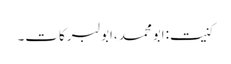
کنیت:ابومحمد،ابولبرکات۔